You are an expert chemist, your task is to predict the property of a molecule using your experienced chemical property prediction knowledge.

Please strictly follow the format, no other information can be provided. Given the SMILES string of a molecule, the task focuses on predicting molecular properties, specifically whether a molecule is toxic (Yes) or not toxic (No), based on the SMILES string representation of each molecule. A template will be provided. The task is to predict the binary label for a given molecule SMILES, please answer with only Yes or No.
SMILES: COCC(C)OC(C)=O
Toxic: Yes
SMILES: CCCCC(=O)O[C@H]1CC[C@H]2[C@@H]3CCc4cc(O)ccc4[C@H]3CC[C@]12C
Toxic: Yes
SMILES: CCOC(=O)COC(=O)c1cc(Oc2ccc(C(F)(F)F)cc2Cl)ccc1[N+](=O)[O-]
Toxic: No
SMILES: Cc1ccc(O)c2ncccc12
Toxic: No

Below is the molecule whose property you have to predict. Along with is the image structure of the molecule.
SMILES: CC(C)[C@@H](C)/C=C/[C@@H](C)[C@H]1CC[C@H]2/C(=C/C=C3\C[C@@H](O)CC[C@@H]3C)CCC[C@@]21C
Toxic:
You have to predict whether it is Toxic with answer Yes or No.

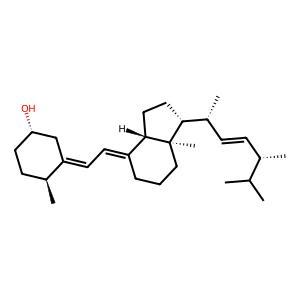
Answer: No